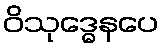
ဝိသုဒ္ဓေနပေ